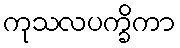
ကုသလပက္ခိကာ